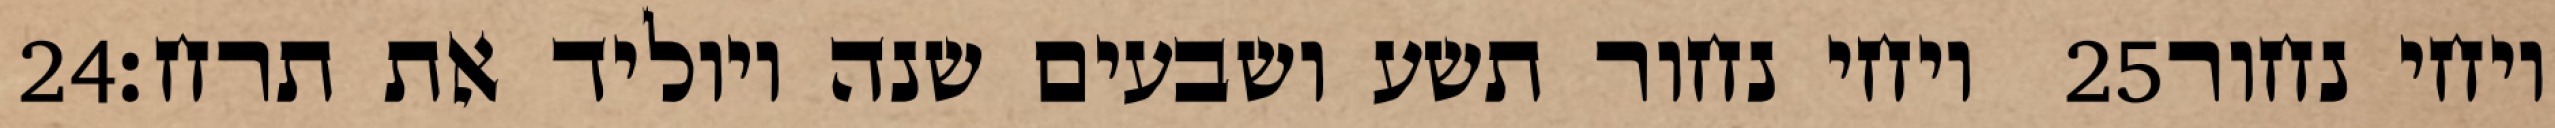
‎24‏ ויחי נחור תשע ושבעים שנה ויוליד את תרח׃ ‎25‏ ויחי נחור